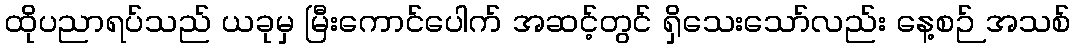
ထိုပညာရပ်သည် ယခုမှ မြီးကောင်ပေါက် အဆင့်တွင် ရှိသေးသော်လည်း နေ့စဉ် အသစ်